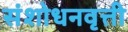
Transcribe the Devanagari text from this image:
संशोधनवृत्ती